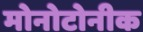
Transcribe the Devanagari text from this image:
मोनोटोनीक